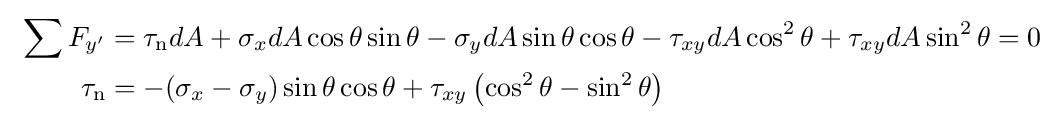
\ {\begin{aligned}\sum F_{y'}&=\tau _{\mathrm {n} }dA+\sigma _{x}dA\cos \theta \sin \theta -\sigma _{y}dA\sin \theta \cos \theta -\tau _{xy}dA\cos ^{2}\theta +\tau _{xy}dA\sin ^{2}\theta =0\\\tau _{\mathrm {n} }&=-(\sigma _{x}-\sigma _{y})\sin \theta \cos \theta +\tau _{xy}\left(\cos ^{2}\theta -\sin ^{2}\theta \right)\\\end{aligned}}